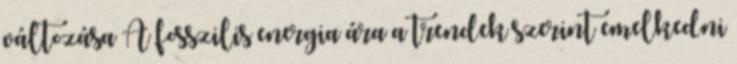
változása A fosszilis energia ára a trendek szerint emelkedni